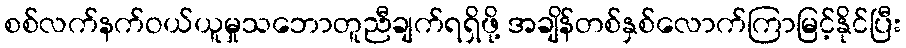
စစ်လက်နက်ဝယ်ယူမှုသဘောတူညီချက်ရရှိဖို့ အချိန်တစ်နှစ်လောက်ကြာမြင့်နိုင်ပြီး